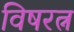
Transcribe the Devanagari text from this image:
विषरत्न